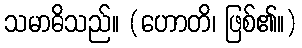
သမာဓိသည်။ (ဟောတိ၊ ဖြစ်၏။)